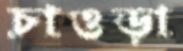
চাওড়া